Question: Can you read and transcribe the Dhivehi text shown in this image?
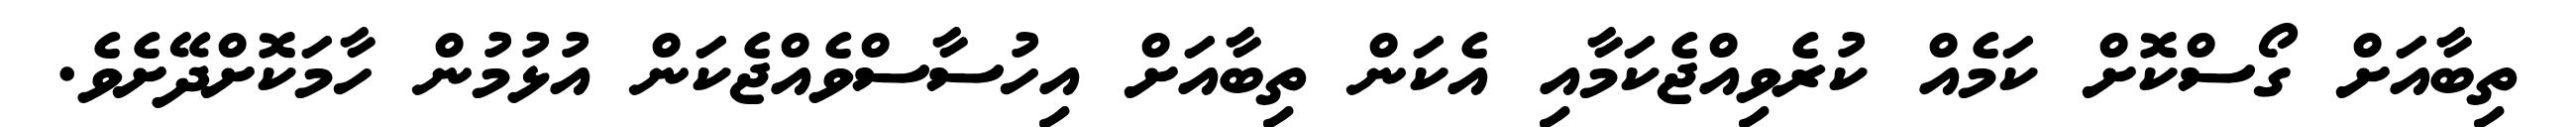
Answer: ތިބާއަށް ގޯސްކޮށް ކަމެއް ކުރެވިއްޖެކަމާއި އެކަން ތިބާއަށް އިހުސާސްވެއްޖެކަން އުޅުމުން ހާމަކޮށްދޭށެވެ.